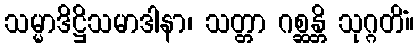
သမ္မာဒိဋ္ဌိသမာဒါနာ၊ သတ္တာ ဂစ္ဆန္တိ သုဂ္ဂတိံ။